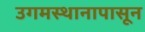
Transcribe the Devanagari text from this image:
उगमस्थानापासून